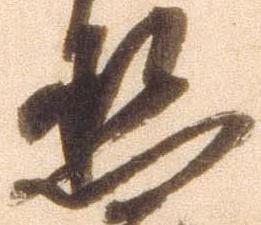
丞